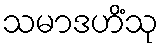
သမာဒဟိံသု